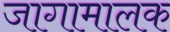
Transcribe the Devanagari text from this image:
जागामालक